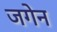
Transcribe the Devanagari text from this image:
जगेन